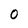
Character: O